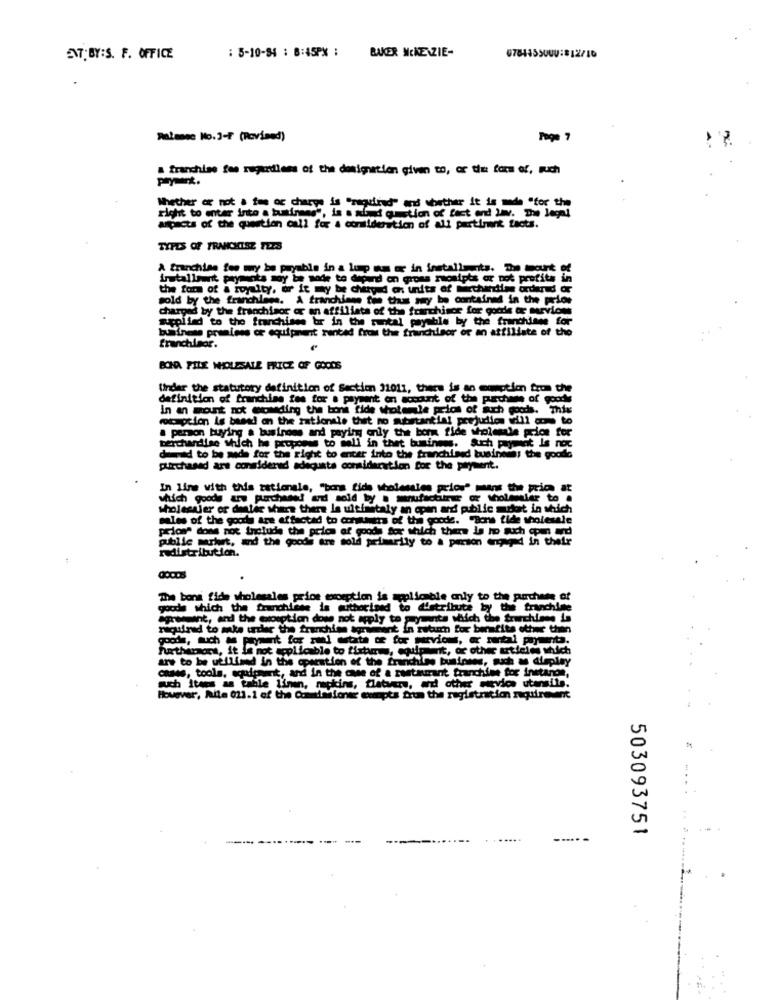
ENT;BY:S. F. OFFICE
: 5-10-84 : 8:45PX ; BAKER MCKENZIE-
Ralanec No.3-F (Rovined)
Page
& franchise fee rugodless of the designation given to, or the form of, ruch
prymart.
Whether or not a fee of charge is "required" and whether it is made "for the
right to enter into a birans", is a afind quistion of fact end Jav. The legal
aspects of the question cull for a consideration of all pertinent facts.
TYPES OF FRANCICISZ FEES
A franchise fee my be payable in a lump am or in installments. The mount o
Installment payments soy be sode to depend on gross receipts or not profits in
the form of a royalty, or it may be chury d on units of Mitherdim
sold by the franchlens. A franchiane ton thus my be contained in the price
charged by the franchisor or an affiliate of the franchisce for goodle or marvices
Replied to the franchises br in the runtal payable by the franchisee for
business premises of equipment ranted from the franchisor of an affiliate of the
franchisor.
BONA FILE WHOLESALE FRICZ OF GOODS
Under the statutory definition of Section 31011, there is so comotion from the
definition of franchise tes for a payment on account of the purchase of goods
In an mount not einding the bone ride whotemle pelos of such goods. This
mooption is based on the maticnele that no substantial prejudion will come to
a person buying a business and paying only the bona fide wholesale price for
terchandise which he proposes to sell in thet business. Such payment Is noc
damned to be made for the right to enter into the franchised business the goode
purchased are considered adequate consideration for the payment.
In line with this rationale, "bors fids stoleestes price" mint the price at
which goods are purchased ud sold by a manufachirte or wholesaler to .
sholeseler or destic share there la ultimataly an open and public mort in uuich
sales of the goods are affected to comunes of the goode. "Bona fide wholesale
prions dons not Include the price of goods for which there Is no such cous and
publle mrhet, and the goods are sold primarily to a person engaged in their
redistribution.
The bona fide wholesales price exception is aplicable only to the purchase of
goods which the franchise is withorined to distribute by the franchise
agreement, and the osoretion done not apply to symente which the frenchinne i
required to make under the franchise sortiment in rwturm for benefits other than
Furthermore, it is not applicable to fixtms, equipment, or other articles which
are to be utilised in the operation of the franchise business, such as display
cases, tools, equipment, and in the case of a restaurant franchise for instance,
such Items as table linen, napkins, flatwere, and other service utensils.
However, huile 013.1 of the Commissioner cumpts frun the registration naquirent
503093751